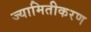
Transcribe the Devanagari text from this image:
ज्यामितीकरण